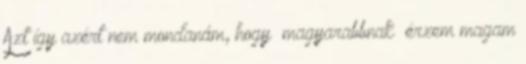
Azt így azért nem mondanám, hogy ‘magyarabbnak’ érzem magam